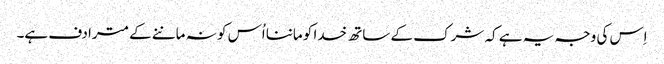
اِس کی وجہ یہ ہے کہ شرک کے ساتھ خدا کو ماننا اُس کو نہ ماننے کے مترادف ہے۔